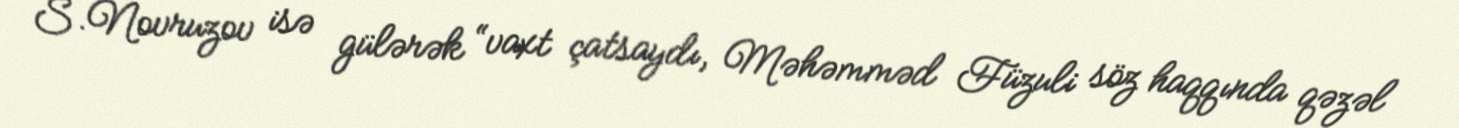
S.Novruzov isə gülərək “vaxt çatsaydı, Məhəmməd Füzuli söz haqqında qəzəl